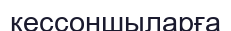
кессоншыларға